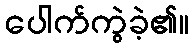
ပေါက်ကွဲခဲ့၏။